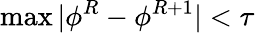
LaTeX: \operatorname*{max}|\phi^{R}-\phi^{R+1}|<\tau